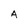
Character: A